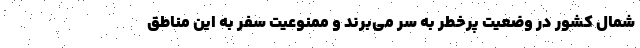
شمال کشور در وضعیت پرخطر به سر می‌برند و ممنوعیت سفر به این مناطق